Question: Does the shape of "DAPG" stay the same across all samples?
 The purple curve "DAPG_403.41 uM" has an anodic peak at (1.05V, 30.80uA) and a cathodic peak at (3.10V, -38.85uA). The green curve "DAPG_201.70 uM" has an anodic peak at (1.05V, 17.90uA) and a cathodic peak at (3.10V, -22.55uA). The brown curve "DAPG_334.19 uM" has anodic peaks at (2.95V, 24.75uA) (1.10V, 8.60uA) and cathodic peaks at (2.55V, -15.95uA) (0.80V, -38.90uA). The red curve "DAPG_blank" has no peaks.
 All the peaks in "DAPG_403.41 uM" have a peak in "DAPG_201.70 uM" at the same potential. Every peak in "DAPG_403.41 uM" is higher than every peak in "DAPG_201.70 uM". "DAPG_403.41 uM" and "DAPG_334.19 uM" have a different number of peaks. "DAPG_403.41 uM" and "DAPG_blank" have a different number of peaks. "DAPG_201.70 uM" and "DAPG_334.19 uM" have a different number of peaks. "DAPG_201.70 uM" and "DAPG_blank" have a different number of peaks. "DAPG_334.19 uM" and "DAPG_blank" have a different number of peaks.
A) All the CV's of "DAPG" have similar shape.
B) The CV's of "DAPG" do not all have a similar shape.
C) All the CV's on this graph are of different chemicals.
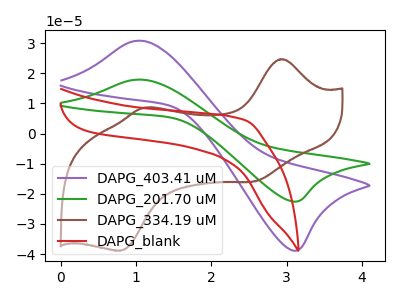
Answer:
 <answer>A) All the CV's of "DAPG" have similar shape.</answer>
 <eval>A</eval>